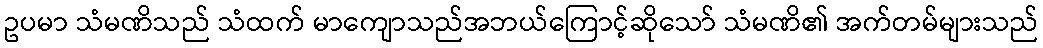
ဥပမာ သံမဏိသည် သံထက် မာကျောသည်အဘယ်ကြောင့်ဆိုသော် သံမဏိ၏ အက်တမ်များသည်